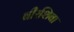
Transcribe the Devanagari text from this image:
बीरशिबा